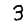
Digit: 3